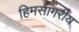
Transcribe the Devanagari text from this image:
हिमसागरीय